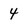
Character: 4